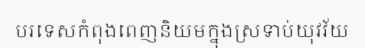
បរទេសកំពុងពេញនិយមក្នុងស្រទាប់យុវវ័យ